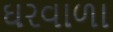
ઘરવાળા